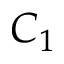
C _ { 1 }